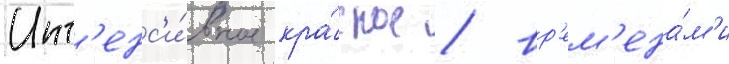
Инт'енс'и́вное кра́сное / вр'ем'ена́м'и